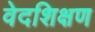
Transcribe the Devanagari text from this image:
वेदशिक्षण